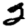
Digit: 2